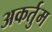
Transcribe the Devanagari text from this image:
अकर्तुम